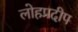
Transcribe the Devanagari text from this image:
लोहप्रदीप